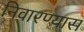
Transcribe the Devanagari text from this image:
निवारण्यास